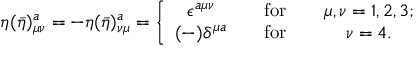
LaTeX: \eta ( \bar { \eta } ) _ { \mu \nu } ^ { a } = - \eta ( \bar { \eta } ) _ { \nu \mu } ^ { a } = \left\{ \begin{array} { c c c } { { \epsilon ^ { a \mu \nu } } } & { { \quad \mathrm { f o r } \quad } } & { { \mu , \nu = 1 , 2 , 3 ; } } \\ { { ( - ) \delta ^ { \mu a } } } & { { \quad \mathrm { f o r } \quad } } & { { \nu = 4 . } } \end{array} \right.